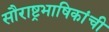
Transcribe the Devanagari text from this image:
सौराष्ट्रभाषिकांची